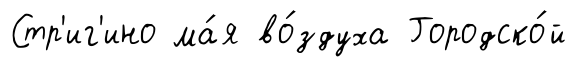
Стр'иг'ино ма́я во́здуха Городско́й